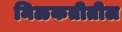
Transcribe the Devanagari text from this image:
मिळकतीतील